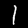
Label: 1